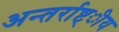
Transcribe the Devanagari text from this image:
अन्तर्राष्ट्ीय